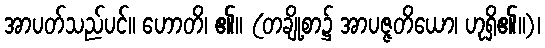
အာပတ်သည်ပင်။ ဟောတိ၊ ၏။ (တချို့စာ၌ အာပဇ္ဇတိယော၊ ဟုရှိ၏။)၊